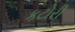
કટોરી